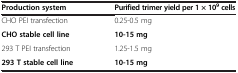
| Production system | Purified trimer yield per 1 × 109 cells |
 | --- | --- |
 | CHO PEI transfection | 0.25-0.5 mg |
 | CHO stable cell line | 10-15 mg |
 | 293 T PEI transfection | 1.25-1.5 mg |
 | 293 T stable cell line | 10-15 mg |